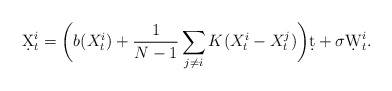
\begin{align*}\d X_t^i = \bigg(b(X_t^i) + \frac1{N-1}\sum_{j\neq i}K(X_t^i-X_t^j)\bigg)\d t + \sigma\d W_t^i.\end{align*}